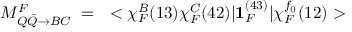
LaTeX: M _ { Q \bar { Q } \rightarrow B C } ^ { F } ~ = ~ < \chi _ { F } ^ { B } ( 1 3 ) \chi _ { F } ^ { C } ( 4 2 ) | { \mathbf { 1 } } _ { F } ^ { ( 4 3 ) } | \chi _ { F } ^ { f _ { 0 } } ( 1 2 ) >